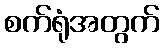
စက်ရုံအတွက်